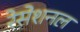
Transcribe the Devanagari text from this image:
रेसेशनल